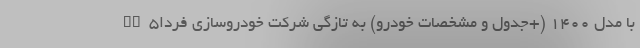
SX5با مدل 1400 (+جدول و مشخصات خودرو) به تازگی شرکت خودروسازی فردا